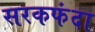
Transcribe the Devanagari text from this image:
सरकफंदा